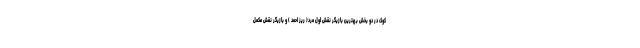
کوک در دو بخش بهترین بازیگر نقش اول مرد( ریز احمد ) و بازیگر نقش مکمل